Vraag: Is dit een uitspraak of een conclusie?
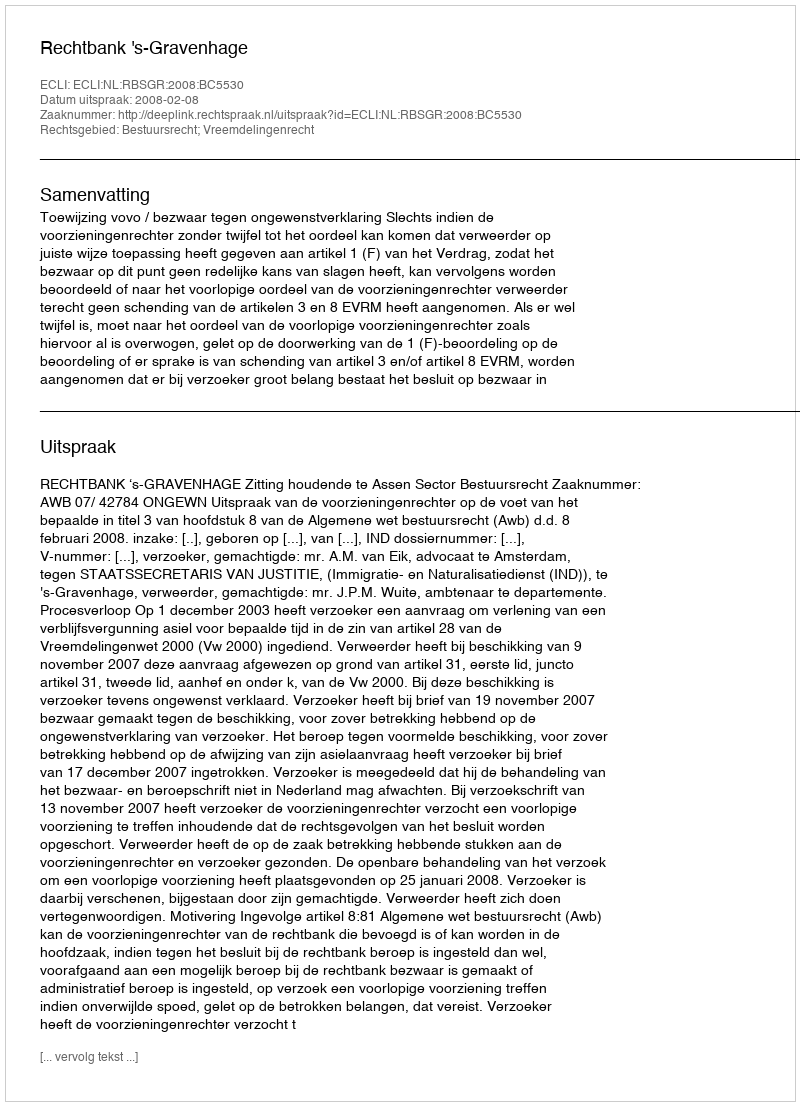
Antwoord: Uitspraak